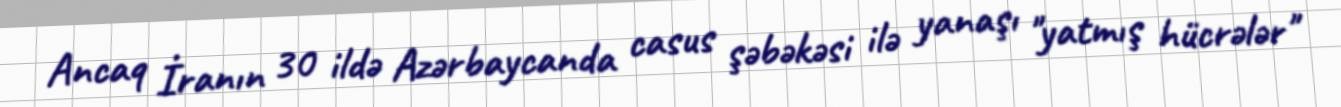
Ancaq İranın 30 ildə Azərbaycanda casus şəbəkəsi ilə yanaşı "yatmış hücrələr"